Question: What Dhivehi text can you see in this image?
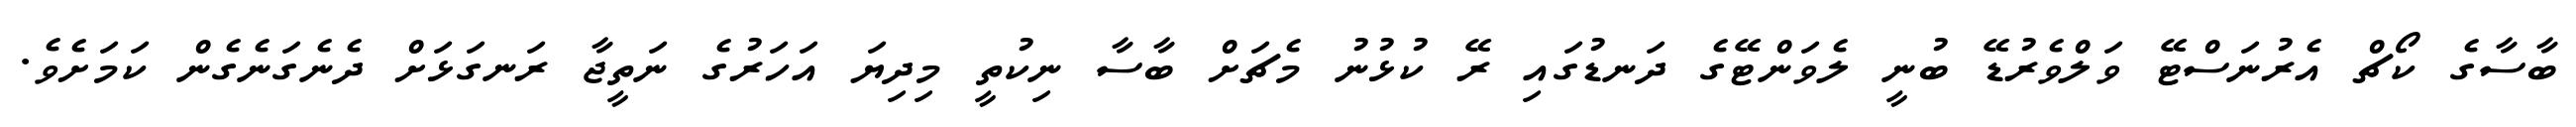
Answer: ބާސާގެ ކޯޗް އެރުނަސްޓޭ ވަލްވެރުޑޭ ބުނީ ލެވަންޓޭގެ ދަނޑުގައި ރޭ ކުޅުނު މެޗަށް ބާސާ ނިކުތީ މިދިޔަ އަހަރުގެ ނަތީޖާ ރަނގަޅަށް ދެނެގަނެގެން ކަމަށެވެ.